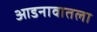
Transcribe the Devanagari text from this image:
आडनावातला